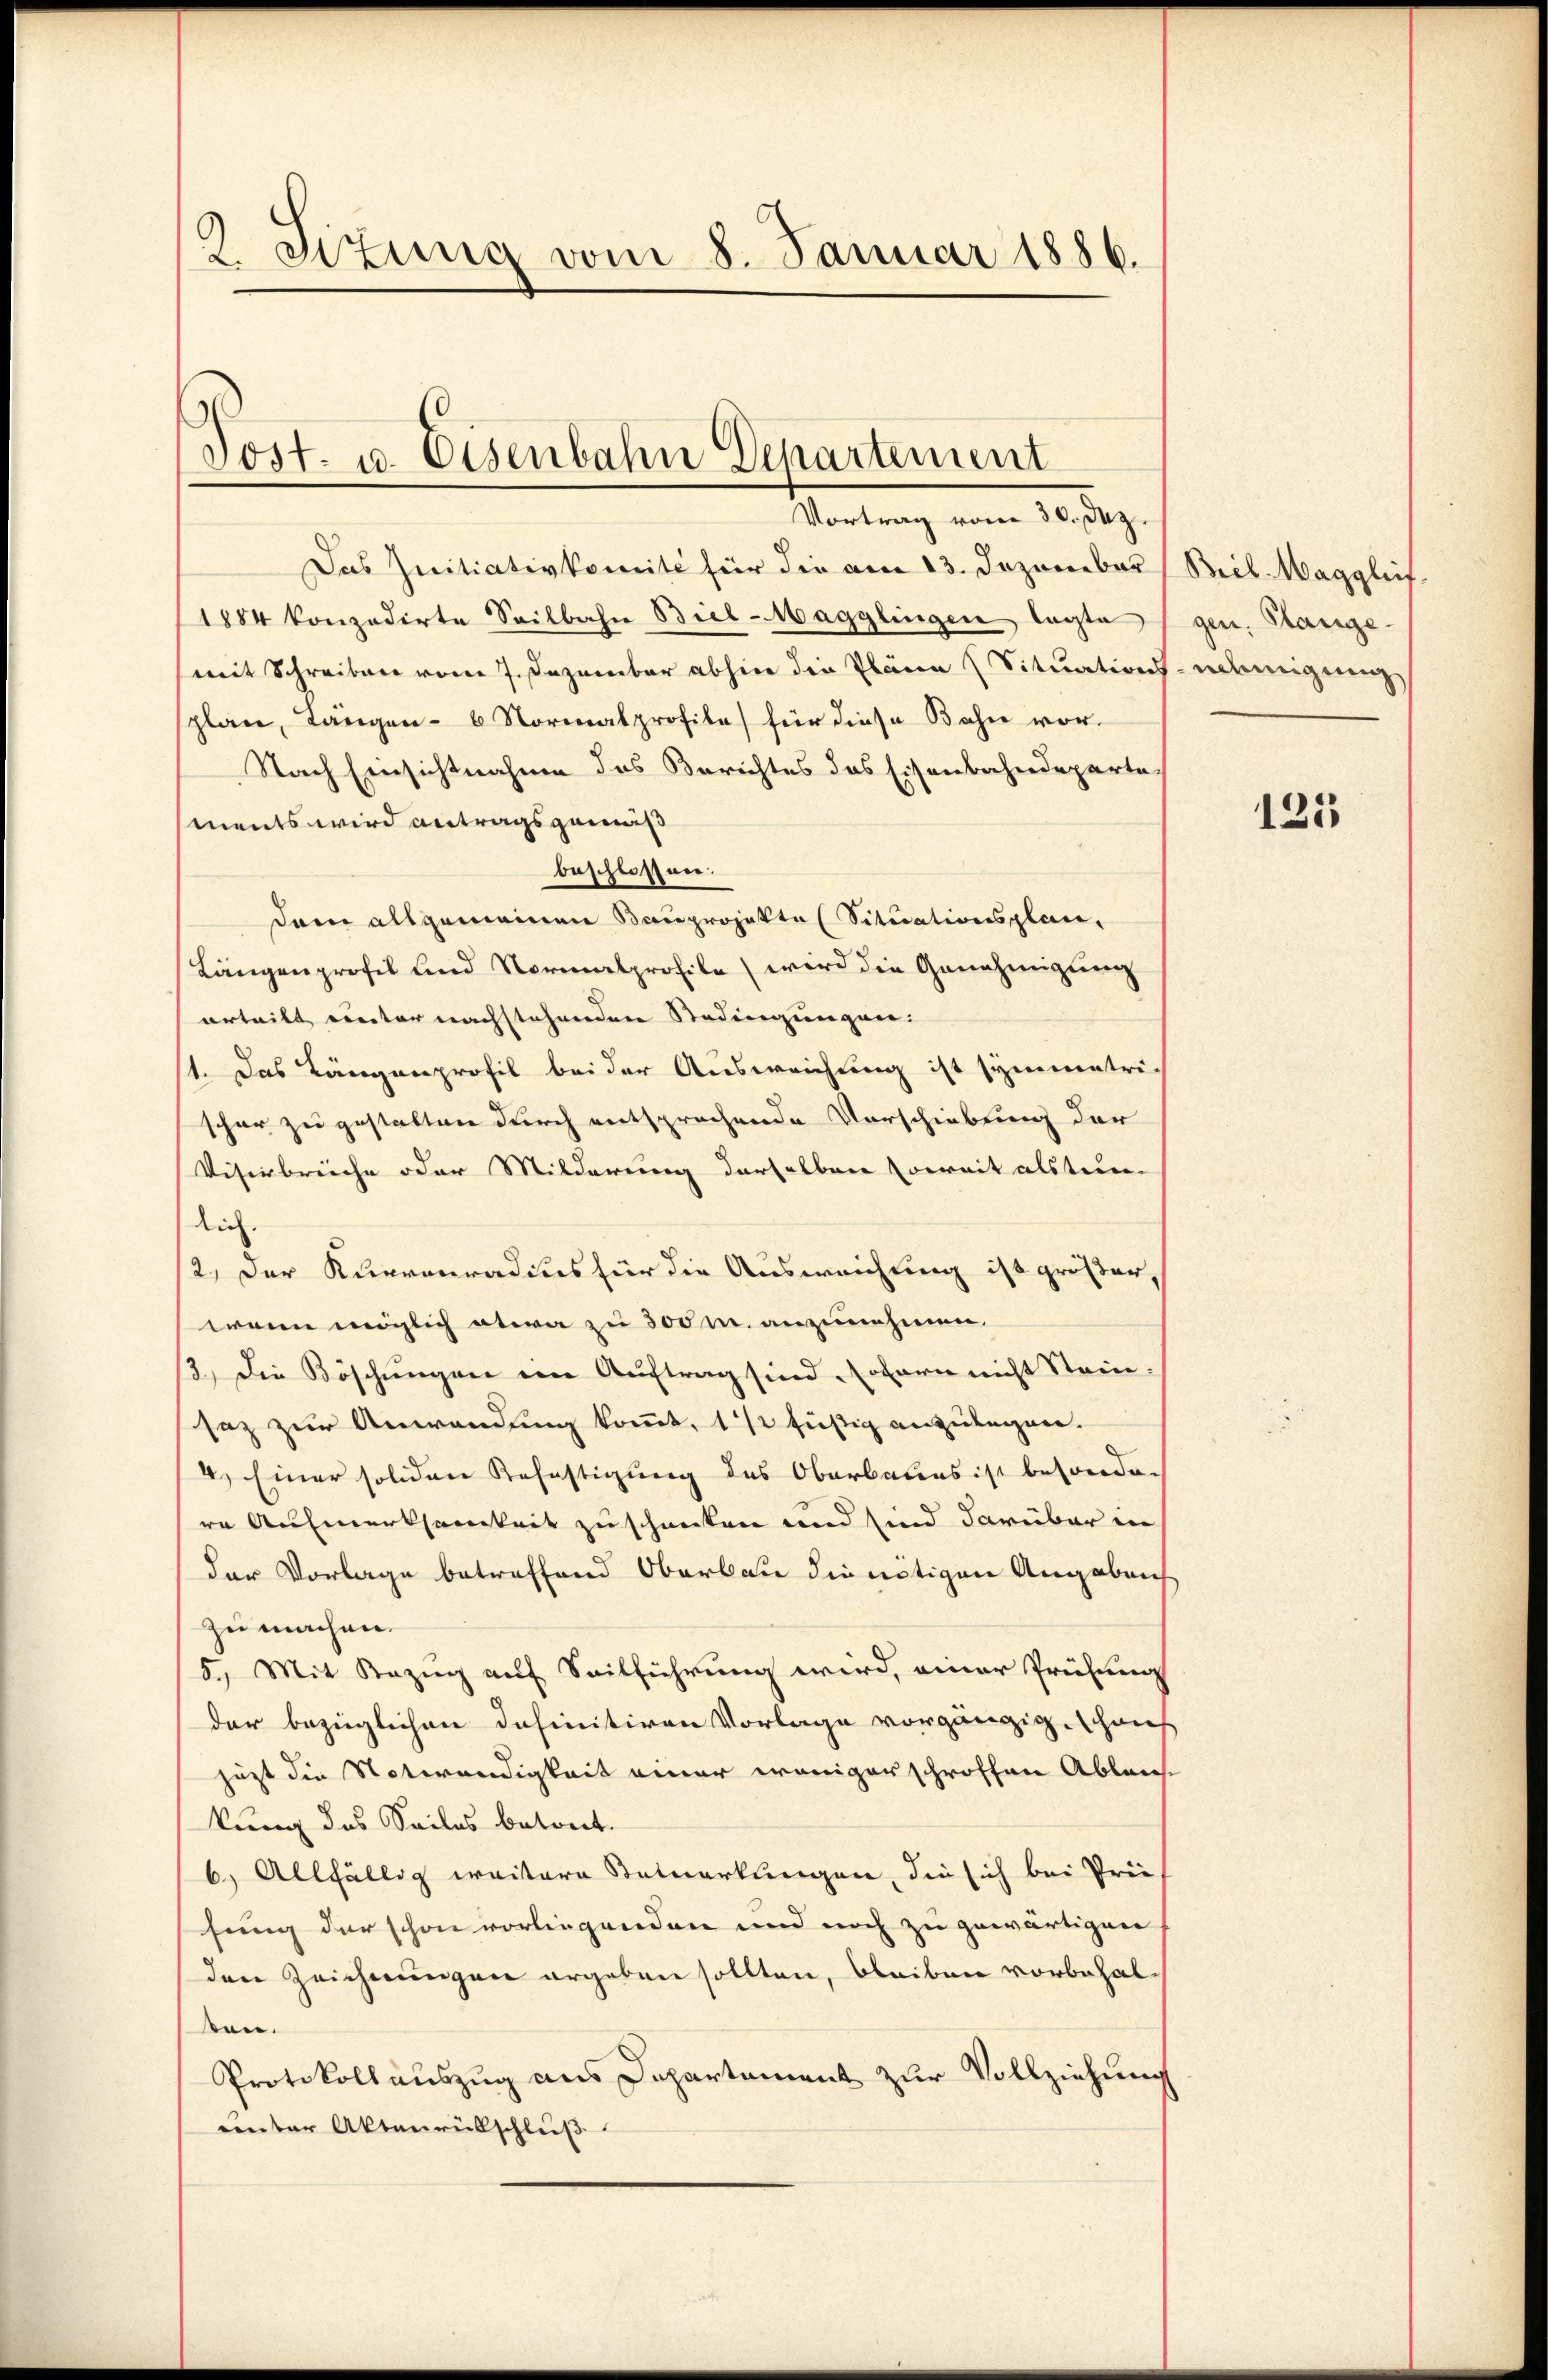
Zeitung vom 8. Januar 1886.

Tost. u. Eisenbahn Departement
Vortrag vom 30. Dez.

Das Initiativkomite für die am 13. Dezember
1884 konzedirte Seitbahn Biel-Magglingen lagte
mit Schreiben vom 7. Dezember abhier die Plane Situations
splan, Längen - 6. Normalprofile für diese Bahn vor.
Nach Einsichtnahme des Berichtes das Eisenbahndepartements wird antragsgemäß
beschlossen.
dem allgemeinen Bauprojekte (Situationsplan,
Längenprofil und Normalprofile wird die Genehmigung
erteilt veter nachstehenden Stadingungen:
st. Das Längenprofil bei der Ausweichung ist symmetri-
schon zu gestalten durch entsprochende Vorschiebung der
Visierbreche oder Milderung derselben soweit alstun
dich
/2, der Kneronradius für die Ausweichung ist größer
wenn möglich etwa zu 300 M. anzunehmen.
13.) Die Böschŭngen in Auftrag sind (obarn nicht Stein.
saz zur Anwendung kommt, 1/2 füßig anzulegen.
4.) Einer solchen Refestigung des Oberbaues ist besonden
re Aufmerksamkeit zuschenken und sind darüber in
der Vorlage betreffend Oberbau die nötigen Angaben
zu machen.
5.) Mit Bezug auf Seilführung wird, einer Prüfung
der bezüglichen Definitiven Vorlage vorgängig. Haus
jezt die Notwendigkeit einer weniger schroffen Ablaus-
kung des Seiles betont.
6.) Allfällig weitere Bemerkungen, die sich bei Prei
sung der schon vorliegenden und noch zu gewärtigen
den Zeichnungen ergeben sollten, bleiben vorbehalsen.
Protokoll auszug aus Departement zur Vollziehung
unter Aktenrütschluß

Beil. Maggliif
gen. Glange
ndmigung

125